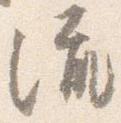
流